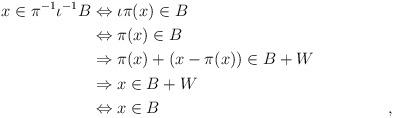
LaTeX: \begin{align*} x\in \pi^{-1}\iota^{-1}B &\Leftrightarrow \iota\pi(x)\in B\\ &\Leftrightarrow \pi(x)\in B &&\\ &\Rightarrow \pi(x)+(x-\pi(x))\in B+W &&\\ &\Rightarrow x\in B+W\\ &\Leftrightarrow x\in B &&, \end{align*}